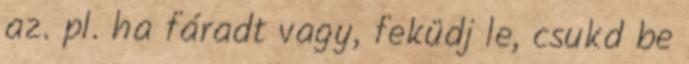
az. pl. ha fáradt vagy, feküdj le, csukd be